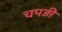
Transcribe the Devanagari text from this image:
चपड़ी